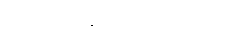
ရှမ်းပြည်နယ်လွှတ်တော်